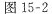
图15-2